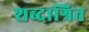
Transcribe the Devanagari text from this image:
शब्दाश्रित